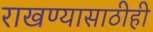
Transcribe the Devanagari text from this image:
राखण्यासाठीही